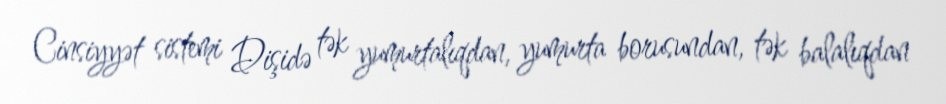
Cinsiyyət sistemi Dişidə tək yumurtalıqdan, yumurta borusundan, tək balalıqdan